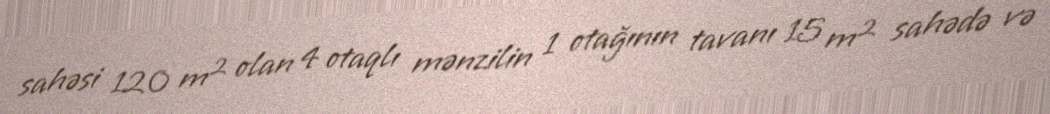
sahəsi 120 m² olan 4 otaqlı mənzilin 1 otağının tavanı 15 m² sahədə və